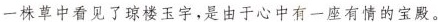
一株草中看见了琼楼玉宇,是由于心中有一座有情的宝殿。